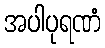
အပါပုရဏံ